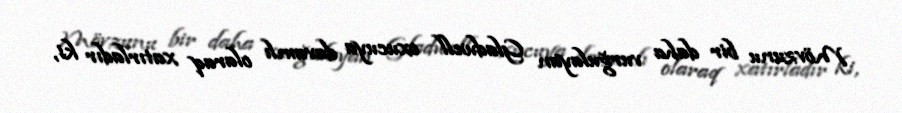
Mövzunu bir daha vurğulayan Gladwell oxucuya davamlı olaraq xatırladır ki,